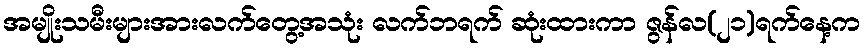
အမျိုးသမီးများအားလက်တွေ့အသုံး လက်ဘရက် ဆုံးထားကာ ဇွန်လ(၂၁)ရက်နေ့က